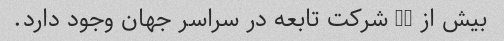
بیش از 20 شرکت تابعه در سراسر جهان وجود دارد.